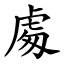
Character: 䖏